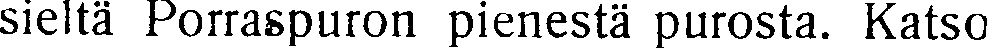
sieltä Porraspuron pienestä purosta. Katso